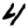
Digit: 4